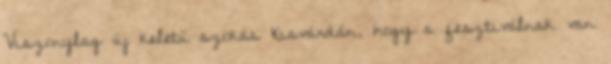
Viszonylag új keletű szokás Kisvárdán, hogy a fesztiválnak van